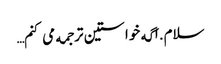
سلام.اگه خواستین ترجمه می کنم…